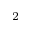
^ 2